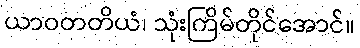
ယာဝတတိယံ၊ သုံးကြိမ်တိုင်အောင်။